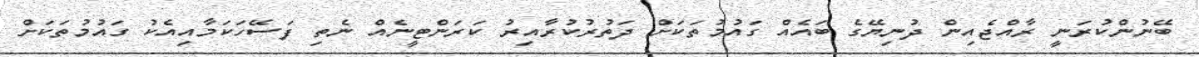
ބޭނުންކުރަނީ ރާއްޖެއިން ދުނިޔޭގެ ބައެއް ގައުމުތަކަށް ދަތުރުކުރާއިރު ކަރަންޓީނެއް ނެތި ފަސޭހަކަމާއިއެކު ގައުމުތަކަށް